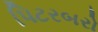
પિટરબરો